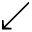
\swarrow